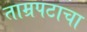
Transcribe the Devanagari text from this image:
ताम्रपटाचा